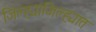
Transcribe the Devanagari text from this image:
जिल्ह्याजिल्ह्यात